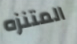
المتنزه